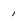
Character: 1